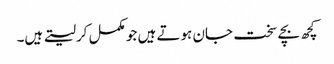
کچھ بچے سخت جان ہوتے ہیں جو مکمل کرلیتے ہیں۔